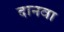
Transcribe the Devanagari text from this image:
दानवा